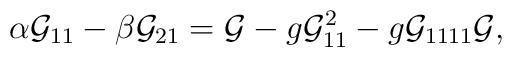
\alpha {\cal G}_{11}-\beta {\cal G}_{21}={\cal G}-g{\cal G}^2_{11}-g{\cal G}_{1111}{\cal G},